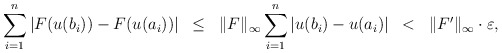
\begin{align*}\sum_{i=1}^n|F(u(b_i)) - F(u(a_i))| \; \; \leq \; \; \|F\|_{\infty} \sum_{i=1}^n |u(b_i) - u(a_i)| \; \;< \; \; \|F'\|_{\infty}\cdot \varepsilon,\end{align*}